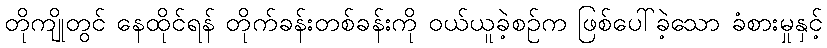
တိုကျိုတွင် နေထိုင်ရန် တိုက်ခန်းတစ်ခန်းကို ဝယ်ယူခဲ့စဉ်က ဖြစ်ပေါ်ခဲ့သော ခံစားမှုနှင့်